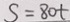
S = 8 0 t